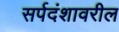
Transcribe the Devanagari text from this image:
सर्पदंशावरील